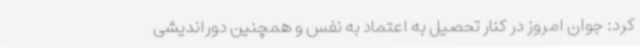
کرد: جوان امروز در کنار تحصیل به اعتماد به نفس و همچنین دوراندیشی